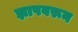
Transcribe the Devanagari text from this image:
झापवरून